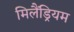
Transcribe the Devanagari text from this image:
मिलैंड्रियम